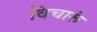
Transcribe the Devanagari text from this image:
विचारूं